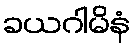
ခယဂါမိနံ